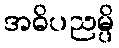
အဓိပညမ္ပိ